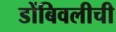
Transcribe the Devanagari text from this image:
डोंबिवलीची